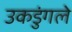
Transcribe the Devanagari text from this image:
उकडुंगले